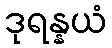
ဒုရန္နယံ